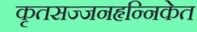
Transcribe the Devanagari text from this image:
कृतसज्जनहृन्निकेत